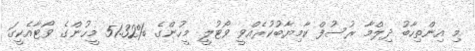
މި އިންތިހާބު ދިލްމާ ރުސުފް ކާމިޔާބުކުރެއްވީ ވޯޓުލީ މީހުންގެ %51.32 މީހުންގެ ވޯޓާއެކީގަ